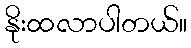
နိုးထလာပါတယ်။